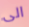
الى